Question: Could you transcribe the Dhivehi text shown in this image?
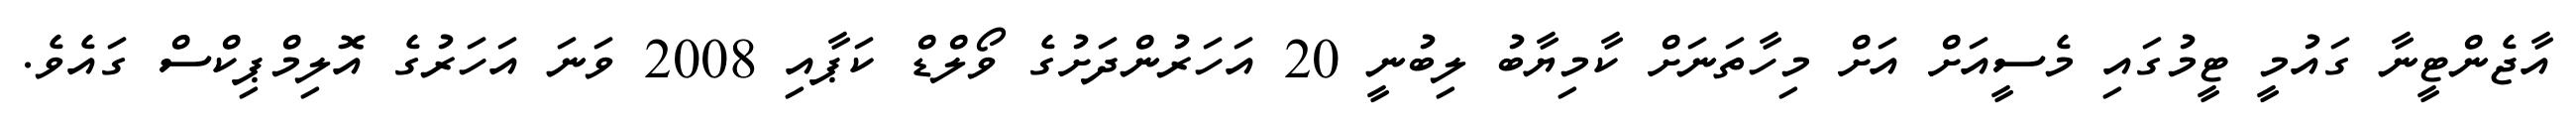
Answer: އާޖެންޓީނާ ގައުމީ ޓީމުގައި މެސީއަށް އަށް މިހާތަނަށް ކާމިޔާބު ލިބުނީ 20 އަހަރުންދަށުގެ ވޯލްޑް ކަޕާއި 2008 ވަނަ އަހަރުގެ އޮލިމްޕިކްސް ގައެވެ.